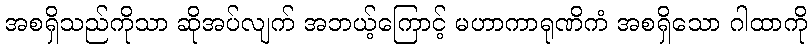
အစရှိသည်ကိုသာ ဆိုအပ်လျက် အဘယ့်ကြောင့် မဟာကာရုဏိကံ အစရှိသော ဂါထာကို